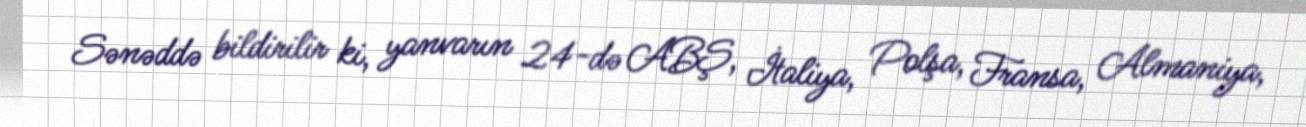
Sənəddə bildirilir ki, yanvarın 24-də ABŞ, İtaliya, Polşa, Fransa, Almaniya,